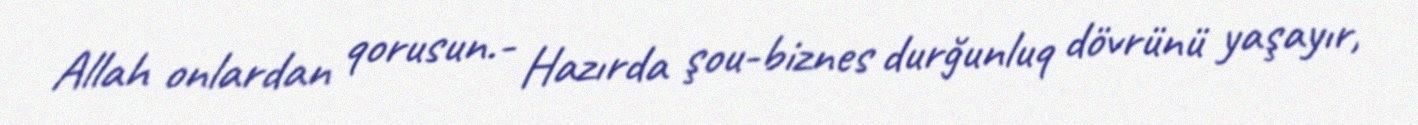
Allah onlardan qorusun.- Hazırda şou-biznes durğunluq dövrünü yaşayır,